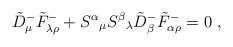
\begin{align*}\tilde D^-_\mu \tilde F^-_{\lambda\rho} + S^\alpha{}_\mu S^\beta{}_\lambda\tilde D^-_\beta \tilde F^-_{\alpha\rho} =0 ~ ,\end{align*}